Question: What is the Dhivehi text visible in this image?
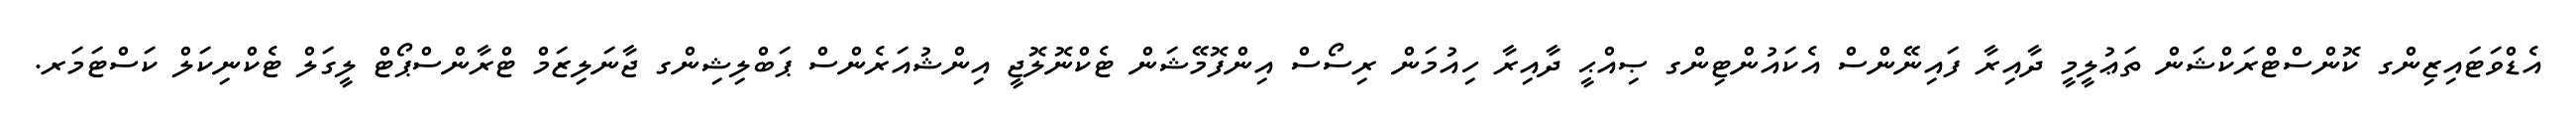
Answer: އެޑްވަޓައިޒިންގ ކޮންސްޓްރަކްޝަން ތަޢުލީމީ ދާއިރާ ފައިނޭންސް އެކައުންޓިންގ ޞިއްޙީ ދާއިރާ ހިއުމަން ރިސޯސް އިންފޮމޭޝަން ޓެކްނޮލޮޖީ އިންޝުއަރެންސް ޕަބްލިޝިންގ ޖާނަލިޒަމް ޓްރާންސްޕޯޓް ލީގަލް ޓެކްނިކަލް ކަސްޓަމަރ.